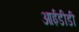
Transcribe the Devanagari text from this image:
आईडीडी